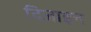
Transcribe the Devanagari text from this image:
दिजाइन